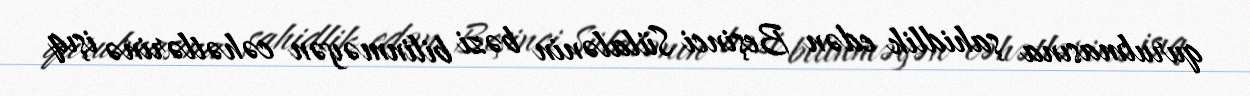
qurulmasına şahidlik edən Beşinci Sülalənin bəzi bilinməyən cəhətlərinə işıq